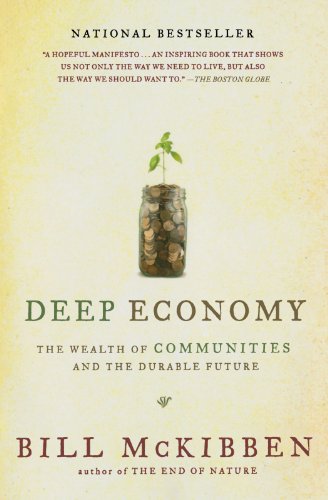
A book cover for Deep Economy: The Wealth of Communities and the Durable Future; Bill McKibben; Business & Money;